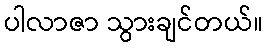
ပါလာဇာ သွားချင်တယ်။